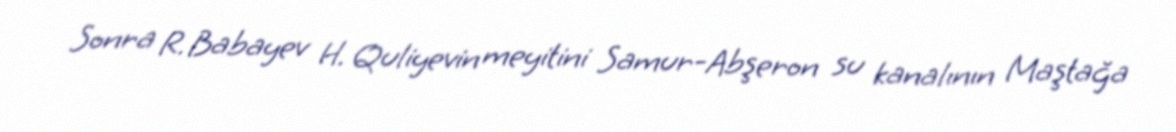
Sonra R. Babayev H. Quliyevin meyitini Samur-Abşeron su kanalının Maştağa